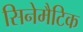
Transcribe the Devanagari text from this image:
सिनेमैटिक